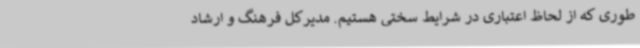
طوری که از لحاظ اعتباری در شرایط سختی هستیم. مدیرکل فرهنگ و ارشاد